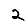
Digit: 2